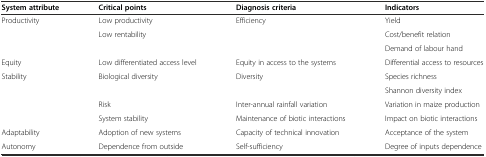
<table><thead><tr><td><b>System attribute</b></td><td><b>Critical points</b></td><td><b>Diagnosis criteria</b></td><td><b>Indicators</b></td></tr></thead><tbody><tr><td rowspan="3">Productivity</td><td>Low productivity</td><td rowspan="3">Efficiency</td><td>Yield</td></tr><tr><td rowspan="2">Low rentability</td><td>Cost/benefit relation</td></tr><tr><td>Demand of labour hand</td></tr><tr><td>Equity</td><td>Low differentiated access level</td><td>Equity in access to the systems</td><td>Differential access to resources</td></tr><tr><td rowspan="4">Stability</td><td rowspan="2">Biological diversity</td><td rowspan="2">Diversity</td><td>Species richness</td></tr><tr><td>Shannon diversity index</td></tr><tr><td>Risk</td><td>Inter-annual rainfall variation</td><td>Variation in maize production</td></tr><tr><td>System stability</td><td>Maintenance of biotic interactions</td><td>Impact on biotic interactions</td></tr><tr><td>Adaptability</td><td>Adoption of new systems</td><td>Capacity of technical innovation</td><td>Acceptance of the system</td></tr><tr><td>Autonomy</td><td>Dependence from outside</td><td>Self-sufficiency</td><td>Degree of inputs dependence</td></tr></tbody></table>